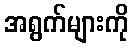
အရွက်များကို